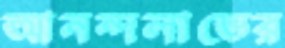
আনন্দলাভের